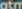
atm